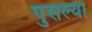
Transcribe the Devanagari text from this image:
पुसल्या